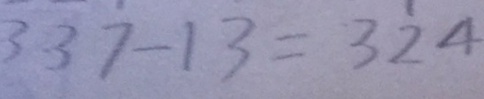
3 3 7 - 1 3 = 3 2 4